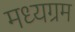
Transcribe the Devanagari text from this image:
मध्यग्रम